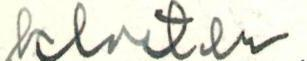
kloster."